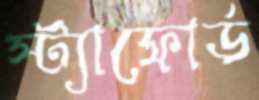
স্ট্যাফোর্ড